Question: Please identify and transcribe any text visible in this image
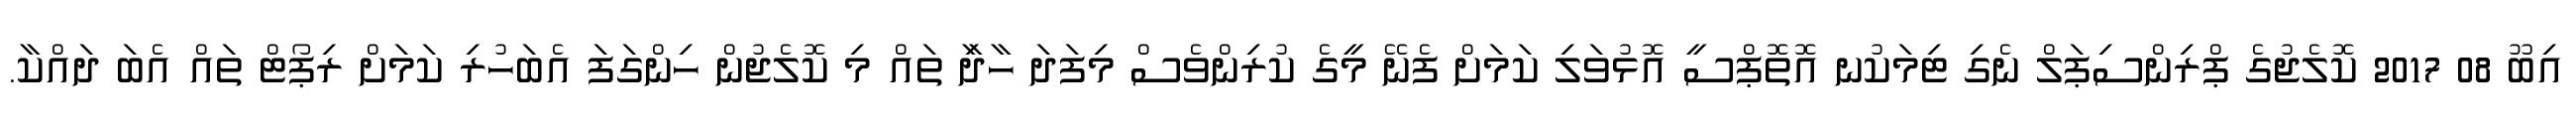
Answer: އިބޫ 08 2017 ކޮލެޖުގެ ޕްރިންސިޕަލް ނެގި ޓިމަކުނ އޮތޮޕްސީ އޮޅުވަލި ކަމަށް ފެނޭ މީގެ ކުރިންވެސް މިފަދަ ހާދިާ ތައް މި ކޮލެޖުން ހިންގަފަ އެބަހުރި ކަމަށް ރިޕޯޓް ތައް އެބަ ދައްކާ.